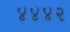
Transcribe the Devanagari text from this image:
४४४२